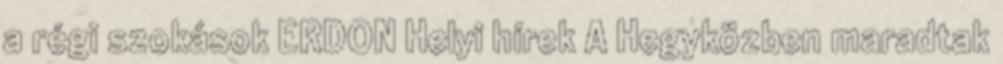
a régi szokások ERDON Helyi hírek A Hegyközben maradtak